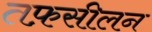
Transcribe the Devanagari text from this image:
तफ़सीलन